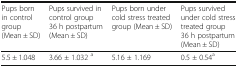
<table><thead><tr><td><b>Pups born in control group(Mean ± SD)</b></td><td><b>Pups survived in control group 36 h postpartum(Mean ± SD)</b></td><td><b>Pups born under cold stress treated group (Mean ± SD)</b></td><td><b>Pups survived under cold stress treated group 36 h postpartum (Mean ± SD)</b></td></tr></thead><tbody><tr><td>5.5 ± 1.048</td><td>3.66 ± 1.032 <sup>a</sup></td><td>5.16 ± 1.169</td><td>0.5 ± 0.54<sup>a</sup></td></tr></tbody></table>